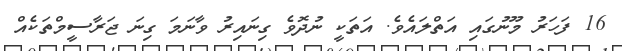
16 ފަހަރު މޫނުގައި އަތްލައެވެ. އަތަކީ ނުދޮވެ ގިނައިރު ވާނަމަ ގިނަ ޖަރާސީމްތަކެއް